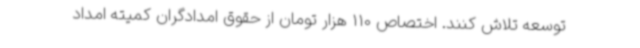
توسعه تلاش کنند. اختصاص 110 هزار تومان از حقوق امدادگران کمیته امداد